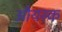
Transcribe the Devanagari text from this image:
औयस्क